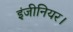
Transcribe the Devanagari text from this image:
इंजीनियर।